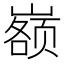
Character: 𰎷